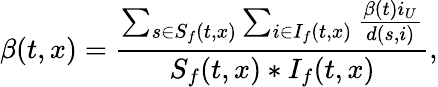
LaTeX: \beta(t,x)=\frac{\sum_{s\in S_{f}(t,x)}\sum_{i\in I_{f}(t,x)}\frac{\beta(t)i_{U}}{d(s,i)}}{S_{f}(t,x)*I_{f}(t,x)},